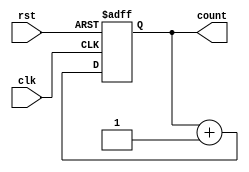
module synchronous_up_counter (
    input wire clk, // clock input
    input wire rst, // asynchronous reset
    output reg [3:0] count // 4-bit count output
);
    
always @(posedge clk or posedge rst) begin
    if (rst) begin
        count <= 4'd0; // reset count value
    end else begin
        count <= count + 1; // increment count value
    end
end
endmodule